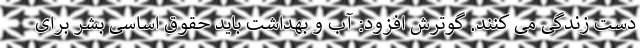
دست زندگی می کنند. گوترش افزود: آب و بهداشت باید حقوق اساسی بشر برای